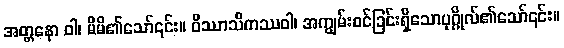
အတ္တနော ဝါ၊ မိမိ၏သော်၎င်း။ ဝိဿာသိကဿဝါ၊ အကျွမ်းဝင်ခြင်းရှိသောပုဂ္ဂိုလ်၏သော်၎င်း။